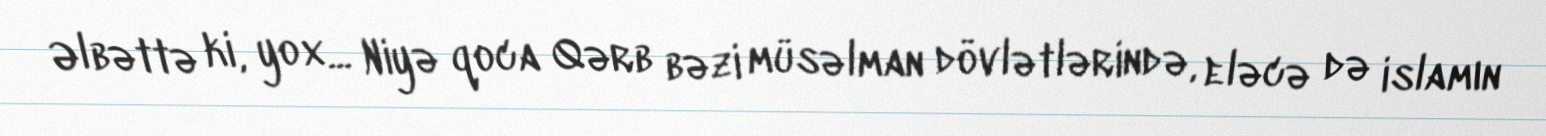
Əlbəttə ki, yox... Niyə qoca Qərb bəzi müsəlman dövlətlərində, eləcə də islamın